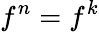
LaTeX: f^{n}=f^{k}